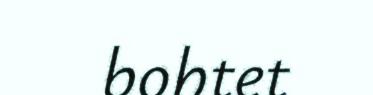
bohtet